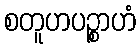
စတူဟပဉ္စာဟံ